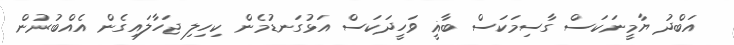
އަބްދު ޔާމީނަކަސް ގާސިމަކަސް ބާޣީ ވަހީދަކަސް އަޅުގަނޑުމެން ކިހިލި ޖަހާލައިގެން އެއްބުރުން